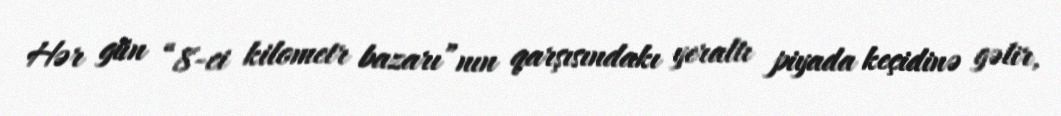
Hər gün “8-ci kilometr bazarı”nın qarşısındakı yeraltı piyada keçidinə gəlir,